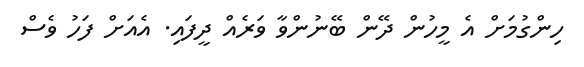
ހިންގުމަށް އެ މީހުން ދޭން ބޭނުންވާ ވަރެއް ދީފައި. އެއަށް ފަހު ވެސް